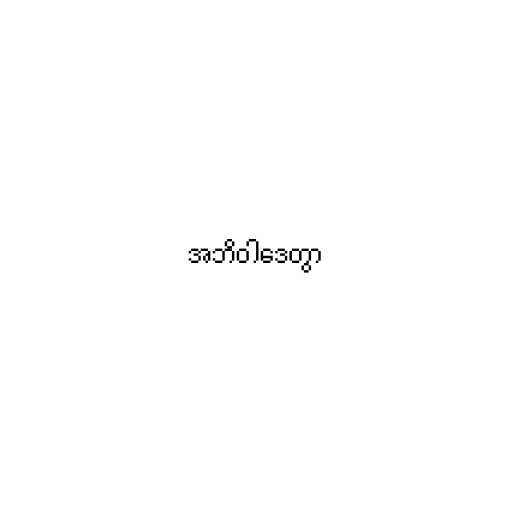
အဘိဝါဒေတွာ